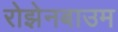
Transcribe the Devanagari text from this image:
रोझेनबाउम